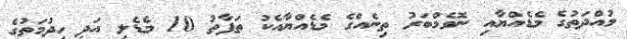
މުއްދަތުގެ މެޑެއްޔާއި ނޮވެމްބަރު ތިނެއްގެ މެޑެއްޔާއެކު ތަފާތު 10 މެޑެލި އަދި ހިދުމަތުގެ